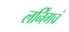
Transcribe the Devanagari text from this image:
लर्निंगचं